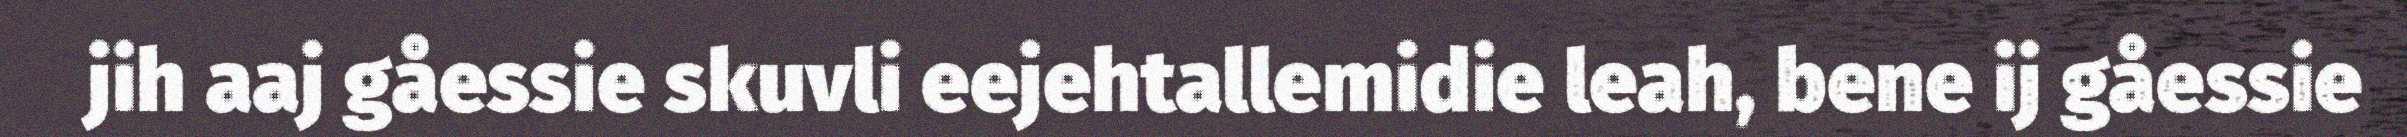
jih aaj gåessie skuvli eejehtallemidie leah, bene ij gåessie